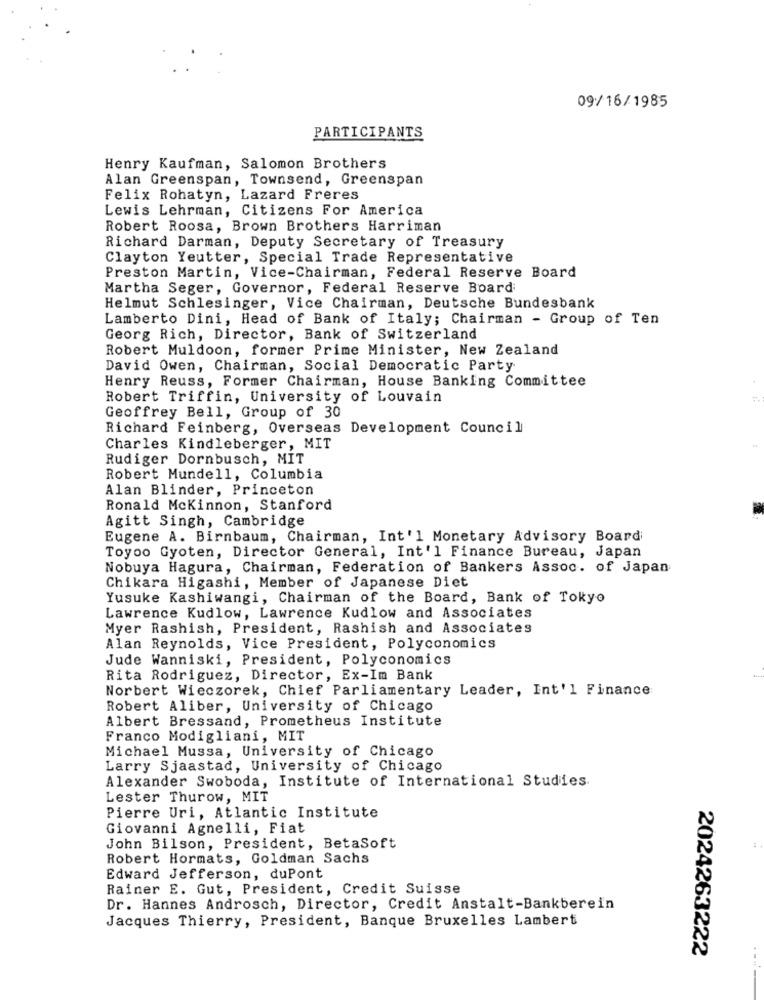
09/16/1985
PARTICIPANTS
Henry Kaufman, Salomon Brothers
Alan Greenspan, Townsend, Greenspan
Felix Rohatyn, Lazard Freres
Lewis Lehrman, Citizens For America
Robert Roosa, Brown Brothers Harriman
Richard Darman, Deputy Secretary of Treasury
Clayton Yeutter, Special Trade Representative
Preston Martin, Vice-Chairman, Federal Reserve Board
Martha Seger, Governor, Federal Reserve Board
Helmut Schlesinger, Vice Chairman, Deutsche Bundesbank
Lamberto Dini, Head of Bank of Italy; Chairman - Group of Ten
Georg Rich, Director, Bank of Switzerland
Robert Muldoon, former Prime Minister, New Zealand
David Owen, Chairman, Social Democratic Party
Henry Reuss, Former Chairman, House Banking Committee
Robert Triffin, University of Louvain
Geoffrey Bell, Group of 30
Richard Feinberg, Overseas Development Council
Charles Kindleberger, MIT
Rudiger Dornbusch, MIT
Robert Mundell, Columbia
Alan Blinder, Princeton
Ronald Mckinnon, Stanford
Agitt Singh, Cambridge
Eugene A. Birnbaum, Chairman, Int'l Monetary Advisory Board
Toyoo Gyoten, Director General, Int'l Finance Bureau, Japan
Nobuya Hagura, Chairman, Federation of Bankers Assoc. of Japan
Chikara Higashi, Member of Japanese Diet
Yusuke Kashiwangi, Chairman of the Board, Bank of Tokyo
Lawrence Kudlow, Lawrence Kudlow and Associates
Myer Rashish, President, Rashish and Associates
Alan Reynolds, Vice President, Polyconomics
Jude Wanniski, President, Polyconomics
Rita Rodriguez, Director, Ex-Im Bank
Norbert Wieczorek, Chief Parliamentary Leader, Int'l Finance
Robert Aliber, University of Chicago
Albert Bressand, Prometheus Institute
Franco Modigliani, MIT
Michael Mussa, University of Chicago
Larry Sjaastad, University of Chicago
Alexander Swoboda, Institute of International Studies.
Lester Thurow, MIT
Pierre Uri, Atlantic Institute
Giovanni Agnelli, Fiat
John Bilson, President, BetaSoft
Robert Hormats, Goldman Sachs
Edward Jefferson, duPont
Rainer E. Gut, President, Credit Suisse
Dr. Hannes Androsch, Director, Credit Anstalt-Bankberein
Jacques Thierry, President, Banque Bruxelles Lambert
2024263222